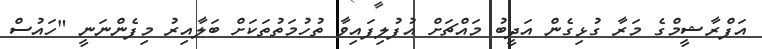
އަފްރާޝީމްގެ މަރާ ގުޅިގެން އަދީބު މައްޗަށް އުފުލިފައިވާ ތުހުމަތުތަކަށް ބަލާއިރު މިފެންނަނީ "ހައުސް